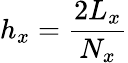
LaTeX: h_{x}=\frac{2L_{x}}{N_{x}}